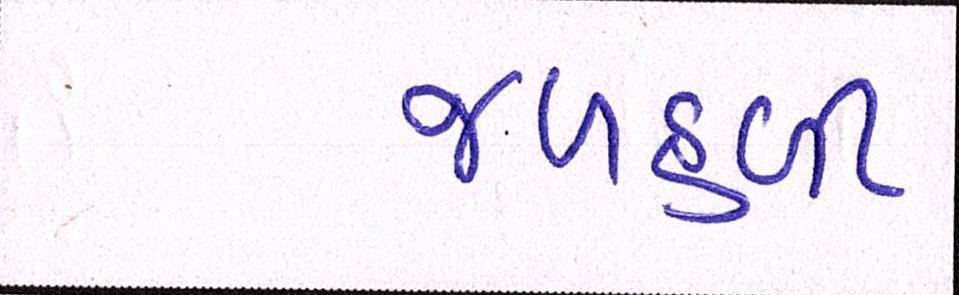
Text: જળહળી